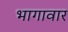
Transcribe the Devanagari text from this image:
भागावार